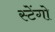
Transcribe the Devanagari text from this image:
स्टेंगो